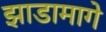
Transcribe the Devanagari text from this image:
झाडामागे